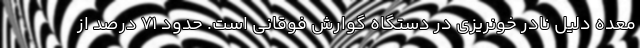
معده دلیل نادر خونریزی در دستگاه گوارش فوقانی است. حدود 71 درصد از